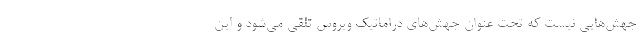
جهش‌هایی نیست که تحت عنوان جهش‌های دراماتیک ویروس تلقی می‌شود و این